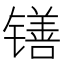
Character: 䦅